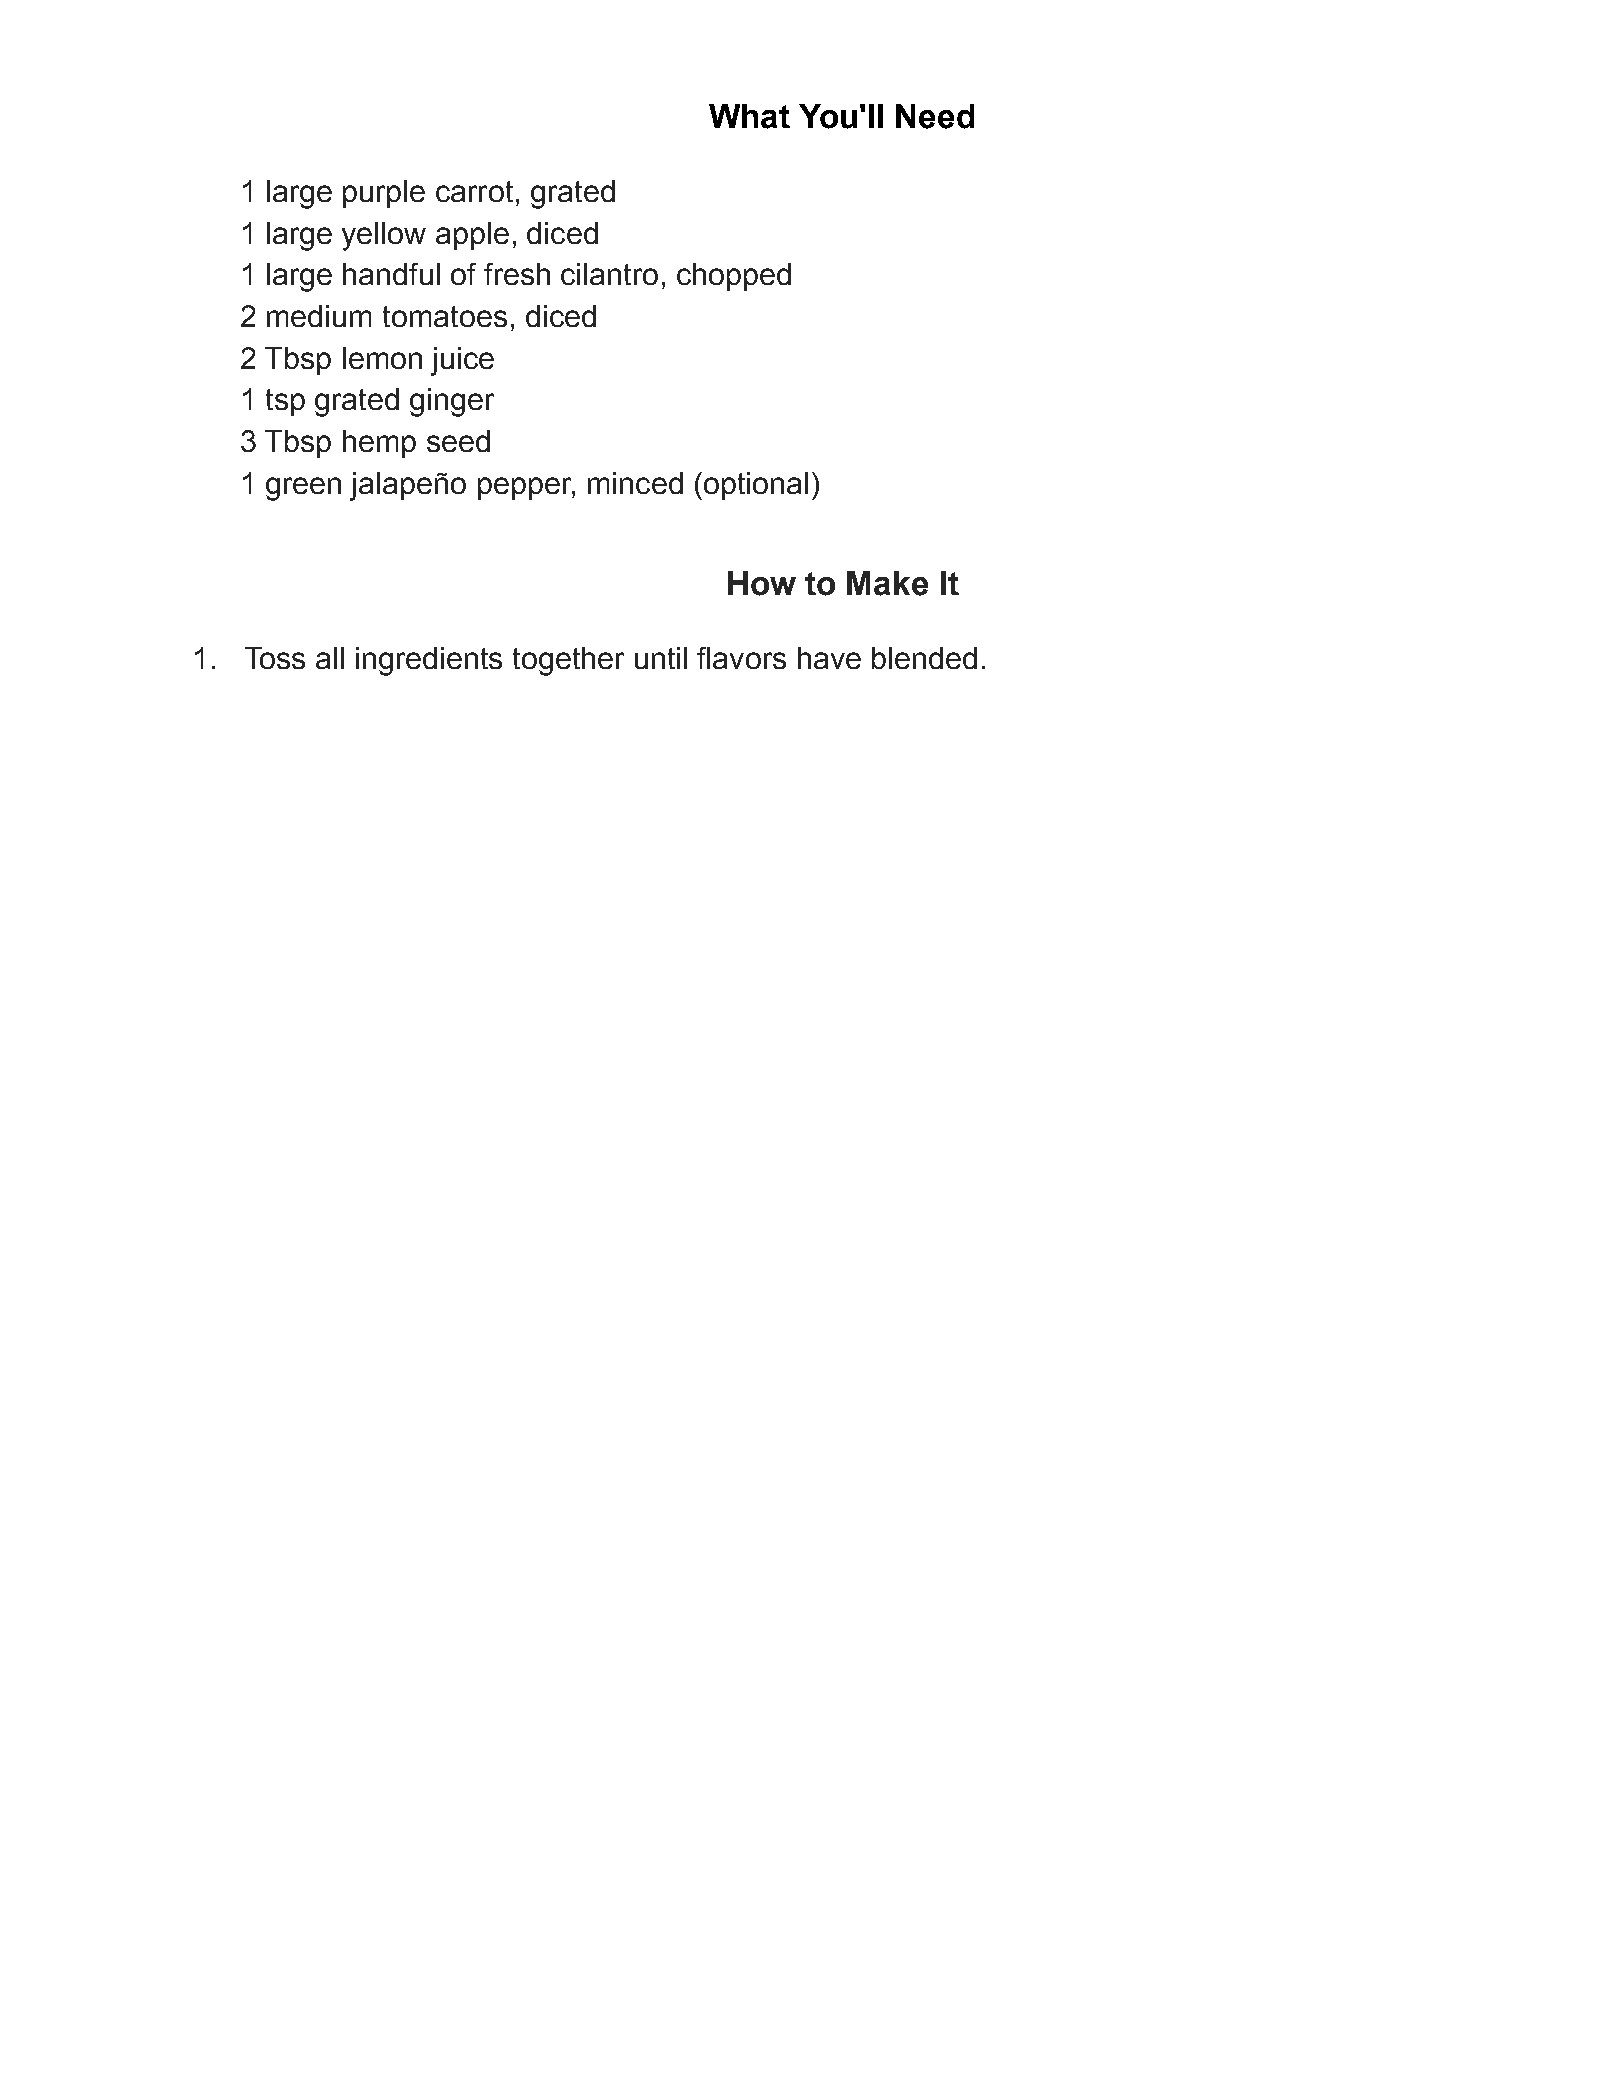
What  You'll Need
 1 large purple carrot, grated
 1 large yellow apple, diced
 1 large handful of fresh cilantro, chopped
 2 medium tomatoes, diced
 2 Tbsp lemon juice
 1 tsp grated ginger
 3 Tbsp hemp seed
 1 green jalapeño pepper, minced (optional)
 How  to Make  It
 1. Toss all ingredients together until flavors have blended.